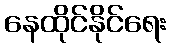
နေထိုင်နိုင်ရေး